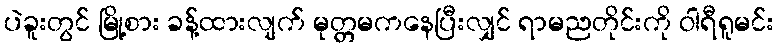
ပဲခူးတွင် မြို့စား ခန့်ထားလျက် မုတ္တမကနေပြီးလျှင် ရာမညတိုင်းကို ဝါရီရူမင်း